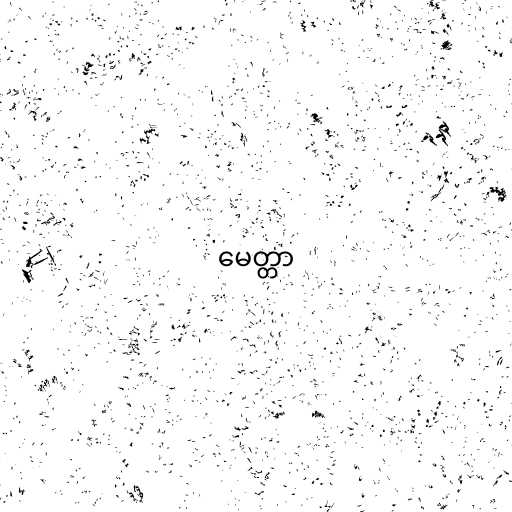
မေတ္တာ